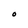
Character: O